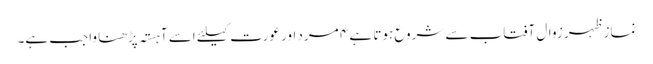
نماز ظہر زوال آفتاب سے شروع ہوتا ہے ۴ مرد اور عورت کیلئے اسے آہستہ پڑھنا واجب ہے۔